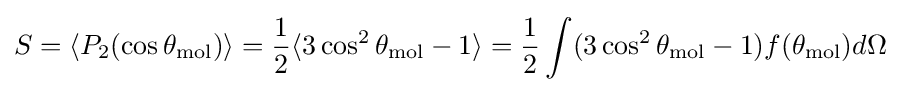
S=\langle P_{2}(\cos \theta _{\mathrm {mol} })\rangle ={\frac {1}{2}}\langle 3\cos ^{2}\theta _{\mathrm {mol} }-1\rangle ={\frac {1}{2}}\int (3\cos ^{2}\theta _{\mathrm {mol} }-1)f(\theta _{\mathrm {mol} })d\Omega